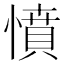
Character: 憤